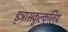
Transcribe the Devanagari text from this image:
ड्ञासकुल्कुलिय